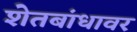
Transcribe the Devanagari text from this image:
शेतबांधावर